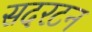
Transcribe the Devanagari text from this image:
सदरटन